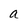
Character: a